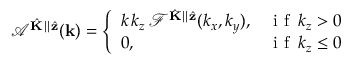
\mathcal { A } ^ { \hat { \mathbf { K } } \parallel \hat { \mathbf { z } } } ( \mathbf { k } ) = \left\{ \begin{array} { l l } { k \, k _ { z } \, \mathcal { F } ^ { \hat { \mathbf { K } } \parallel \hat { \mathbf { z } } } ( k _ { x } , k _ { y } ) , } & { \mathrm { ~ i ~ f ~ } \, k _ { z } > 0 } \\ { 0 , } & { \mathrm { ~ i ~ f ~ } \, k _ { z } \leq 0 } \end{array} \right.